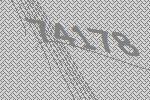
74178